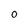
Character: O